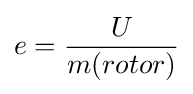
e={\frac {U}{m(rotor)}}